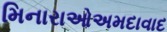
મિનારાઓઅમદાવાદ